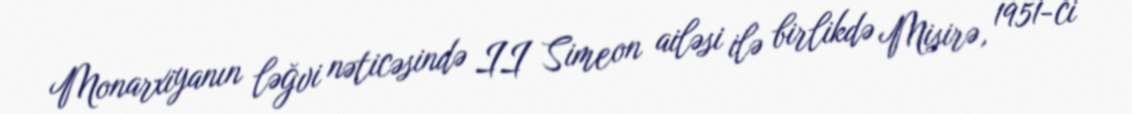
Monarxiyanın ləğvi nəticəsində II Simeon ailəsi ilə birlikdə Misirə, 1951-ci